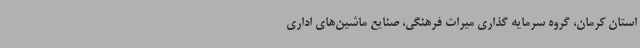
استان کرمان، گروه سرمایه‌ گذاری میراث فرهنگی، صنایع ماشین‌های اداری